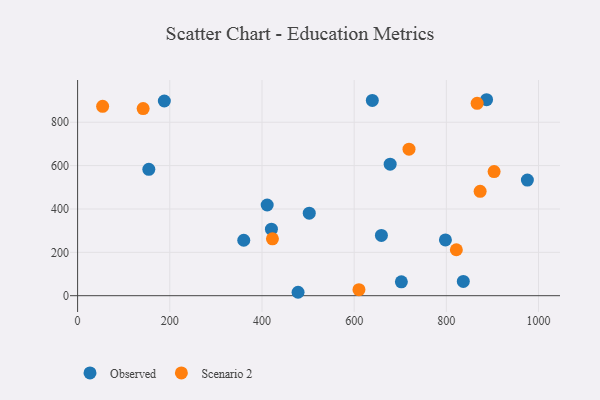
{"axis": {"x": "Engine Size", "y": "Demand"}, "legend": ["Observed", "Scenario 2"], "data": [{"x": "188.2", "y": 898.0, "type": "Observed"}, {"x": "798.0", "y": 257.1, "type": "Observed"}, {"x": "659.1", "y": 278.1, "type": "Observed"}, {"x": "411.3", "y": 418.3, "type": "Observed"}, {"x": "420.5", "y": 306.9, "type": "Observed"}, {"x": "702.4", "y": 63.8, "type": "Observed"}, {"x": "154.5", "y": 582.7, "type": "Observed"}, {"x": "478.3", "y": 15.8, "type": "Observed"}, {"x": "502.6", "y": 380.5, "type": "Observed"}, {"x": "975.8", "y": 533.4, "type": "Observed"}, {"x": "360.5", "y": 255.7, "type": "Observed"}, {"x": "887.3", "y": 903.8, "type": "Observed"}, {"x": "678.1", "y": 606.4, "type": "Observed"}, {"x": "639.4", "y": 900.4, "type": "Observed"}, {"x": "836.8", "y": 65.9, "type": "Observed"}, {"x": "719.0", "y": 675.7, "type": "Scenario 2"}, {"x": "903.6", "y": 572.4, "type": "Scenario 2"}, {"x": "54.3", "y": 873.3, "type": "Scenario 2"}, {"x": "821.7", "y": 211.9, "type": "Scenario 2"}, {"x": "866.8", "y": 887.0, "type": "Scenario 2"}, {"x": "873.3", "y": 481.2, "type": "Scenario 2"}, {"x": "422.7", "y": 262.2, "type": "Scenario 2"}, {"x": "142.2", "y": 863.0, "type": "Scenario 2"}, {"x": "610.4", "y": 28.0, "type": "Scenario 2"}]}